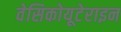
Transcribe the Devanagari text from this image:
वेसिकोयूटेराइन